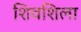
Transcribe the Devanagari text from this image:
शिवशिला